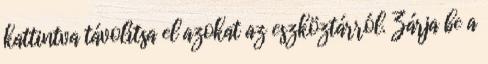
kattintva távolítsa el azokat az eszköztárról. Zárja be a